Sketch of the medical history of the native army of Bombay, for the year
Year: 1872
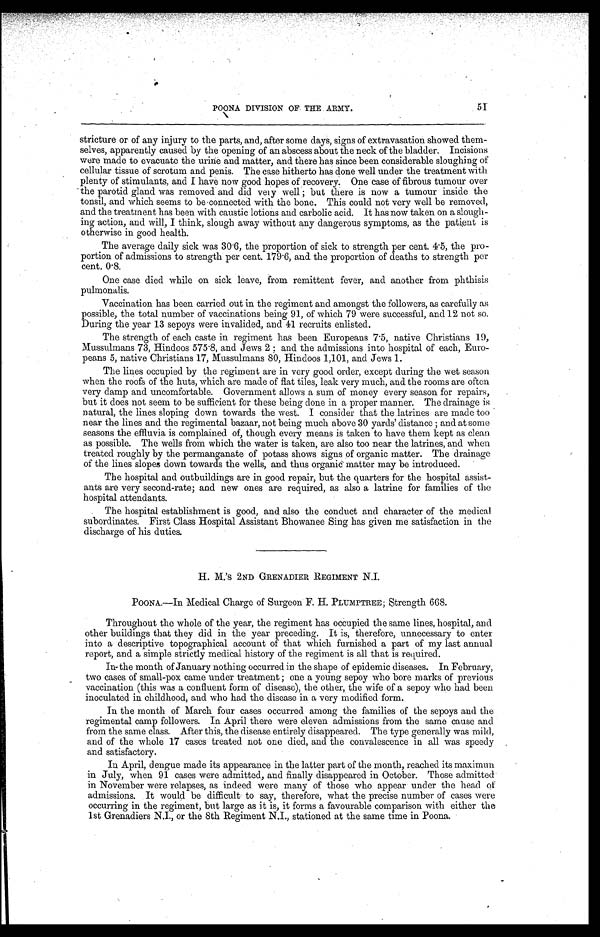
POONA DIVISION OF THE ARMY.
51
stricture or of any injury to the parts, and, after some days, signs of extravasation showed them-
selves, apparently caused by the opening of an abscess about the neck of the bladder. Incisions
were made to evacuate the urine and matter, and there has since been considerable sloughing of
cellular tissue of scrotum and penis. The case hitherto has done well under the treatment with
plenty of stimulants, and I have now good hopes of recovery. One case of fibrous tumour over
the parotid gland was removed and did very well ; but there is now a tumour inside the
tonsil, and which seems to be connected with the bone. This could not very well be removed,
and the treatment has been with caustic lotions and carbolic acid. It has now taken on a slough-
ing action, and will, I think, slough away without any dangerous symptoms, as the patient is
otherwise in good health.
The average daily sick was 30.6, the proportion of sick to strength per cent. 4.5, the pro-
portion of admissions to strength per cent. 179.6, and the proportion of deaths to strength per
cent. 0.8.
One case died while on sick leave, from remittent fever, and another from phthisis
pulmonalis.
Vaccination has been carried out in the regiment and amongst the followers, as carefully as
possible, the total number of vaccinations being 91, of which 79 were successful, and 12 not so.
During the year 13 sepoys were invalided, and 41 recruits enlisted.
The strength of each caste in regiment has been Europeans 7.5, native Christians 19,
Mussulmans 73, Hindoos 575.8, and Jews 2 ; and the admissions into hospital of each, Euro-
peans 5, native Christians 17, Mussulmans
Hindoos 1,101, and Jews 1.
The lines occupied by the regiment are in very good order, except during the wet season
when the roofs of the huts, which are made of flat tiles, leak very much, and the rooms are often
very damp and uncomfortable. Government allows a sum of money every season for repairs,
but it does not seem to be sufficient for these being done in a proper manner. The drainage is
natural, the lines sloping down towards the west. I consider that the latrines are made too
near the lines and the regimental bazaar, not being much above 30 yards' distance ; and at some
seasons the effluvia is complained of, though every means is taken to have them kept as clean
as possible. The wells from which the water is taken, are also too near the latrines, and when
treated roughly by the permanganate of potass shows signs of organic matter. The drainage
of the lines slopes down towards the wells, and thus organic matter may be introduced.
The hospital and outbuildings are in good repair, but the quarters for the hospital assist-
ants are very second-rate; and new ones are required, as also a latrine for families of the
hospital attendants.
The hospital establishment is good, and also the conduct and character of the medical
subordinates. First Class Hospital Assistant Bhowanee Sing has given me satisfaction in the
discharge of his duties.
H. M.'S 2ND GRENADIER REGIMENT N.I.
POONA.—In Medical Charge of Surgeon F. H. PLUMPTREE; Strength 668.
Throughout the whole of the year, the regiment has occupied the same lines, hospital, and
other buildings that they did in the year preceding. It is, therefore, unnecessary to enter
into a descriptive topographical account of that which furnished a part of my last annual
report, and a simple strictly medical history of the regiment is all that is required.
In-the month of January nothing occurred in the shape of epidemic diseases. In February,
two cases of small-pox came under treatment ; one a young sepoy who bore marks of previous
vaccination (this was a confluent form of disease), the other, the wife of a sepoy who had been
inoculated in childhood, and who had the disease in a very modified form.
In the month of March four cases occurred among the families of the sepoys and the
regimental camp followers. In April there were eleven admissions from the same cause and
from the same class. After this, the disease entirely disappeared. The type generally was mild,
and of the whole 17 cases treated not one died, and the convalescence in all was speedy
and satisfactory.
In April, dengue made its appearance in the latter part of the month, reached its maximun
in July, when 91 cases were admitted, and finally disappeared in October. Those admitted
in November were relapses, as indeed were many of those who appear under the head of
admissions. It would be difficult to say, therefore, what the precise number of cases were
occurring in the regiment, but large as it is, it forms a favourable comparison with either the
1st Grenadiers N.I., or the 8th Regiment N.I., stationed at the same time in Poona.